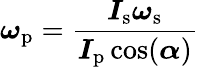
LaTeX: {\boldsymbol{\omega}}_{\mathrm{p}}={\frac{{\boldsymbol{I}}_{\mathrm{s}}{\boldsymbol{\omega}}_{\mathrm{s}}}{{\boldsymbol{I}}_{\mathrm{p}}\cos({\boldsymbol{\alpha}})}}